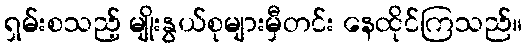
ရှမ်းစသည့် မျိုးနွယ်စုများမှီတင်း နေထိုင်ကြသည်။